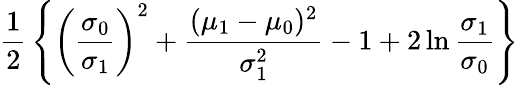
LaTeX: {\frac{1}{2}}\left\{ \left({\frac{\sigma_{0}}{\sigma_{1}}}\right)^{2}+{\frac{(\mu_{1}-\mu_{0})^{2}}{\sigma_{1}^{2}}}-1+2\ln{\frac{\sigma_{1}}{\sigma_{0}}}\right\}